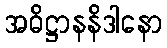
အဓိဋ္ဌာနနိဒါနော